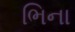
ભિના